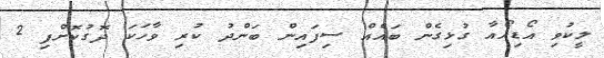
ލީކުވި އޯޑިއޯއާ ގުޅިގެން ބައެއް ސިފައިން ބަންދު ކުރި ވާހަކަ ދޮގުކޮށްފި 2